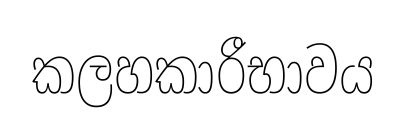
කලහකාරීභාවය